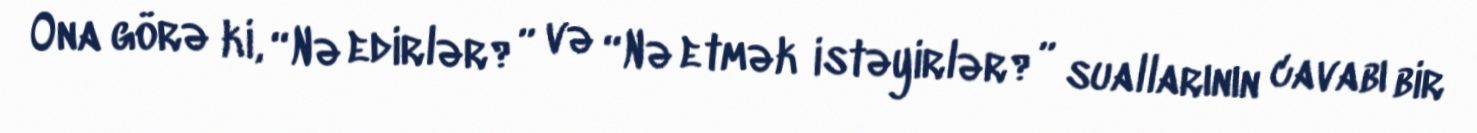
Ona görə ki, “Nə edirlər?” və “Nə etmək istəyirlər?” suallarının cavabı bir